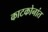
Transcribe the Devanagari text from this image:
काटकोनांत